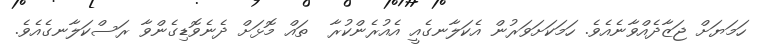
ހަމަޔަށް ޖަޒާދެއްވާނެއެވެ. ހަމަކަށަވަރުން އެކަލާނގެއީ އެއުރެންކުރާ  ތައް މޮޅަށް ދެނެވޮޑިގެންވާ ރަސްކަލާނގެއެވެ.